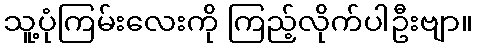
သူ့ပုံကြမ်းလေးကို ကြည့်လိုက်ပါဦးဗျာ။